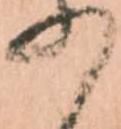
の